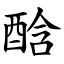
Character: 䣻